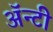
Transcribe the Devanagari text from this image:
ॲन्टी